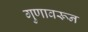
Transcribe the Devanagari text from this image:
गुणावरून